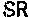
SR